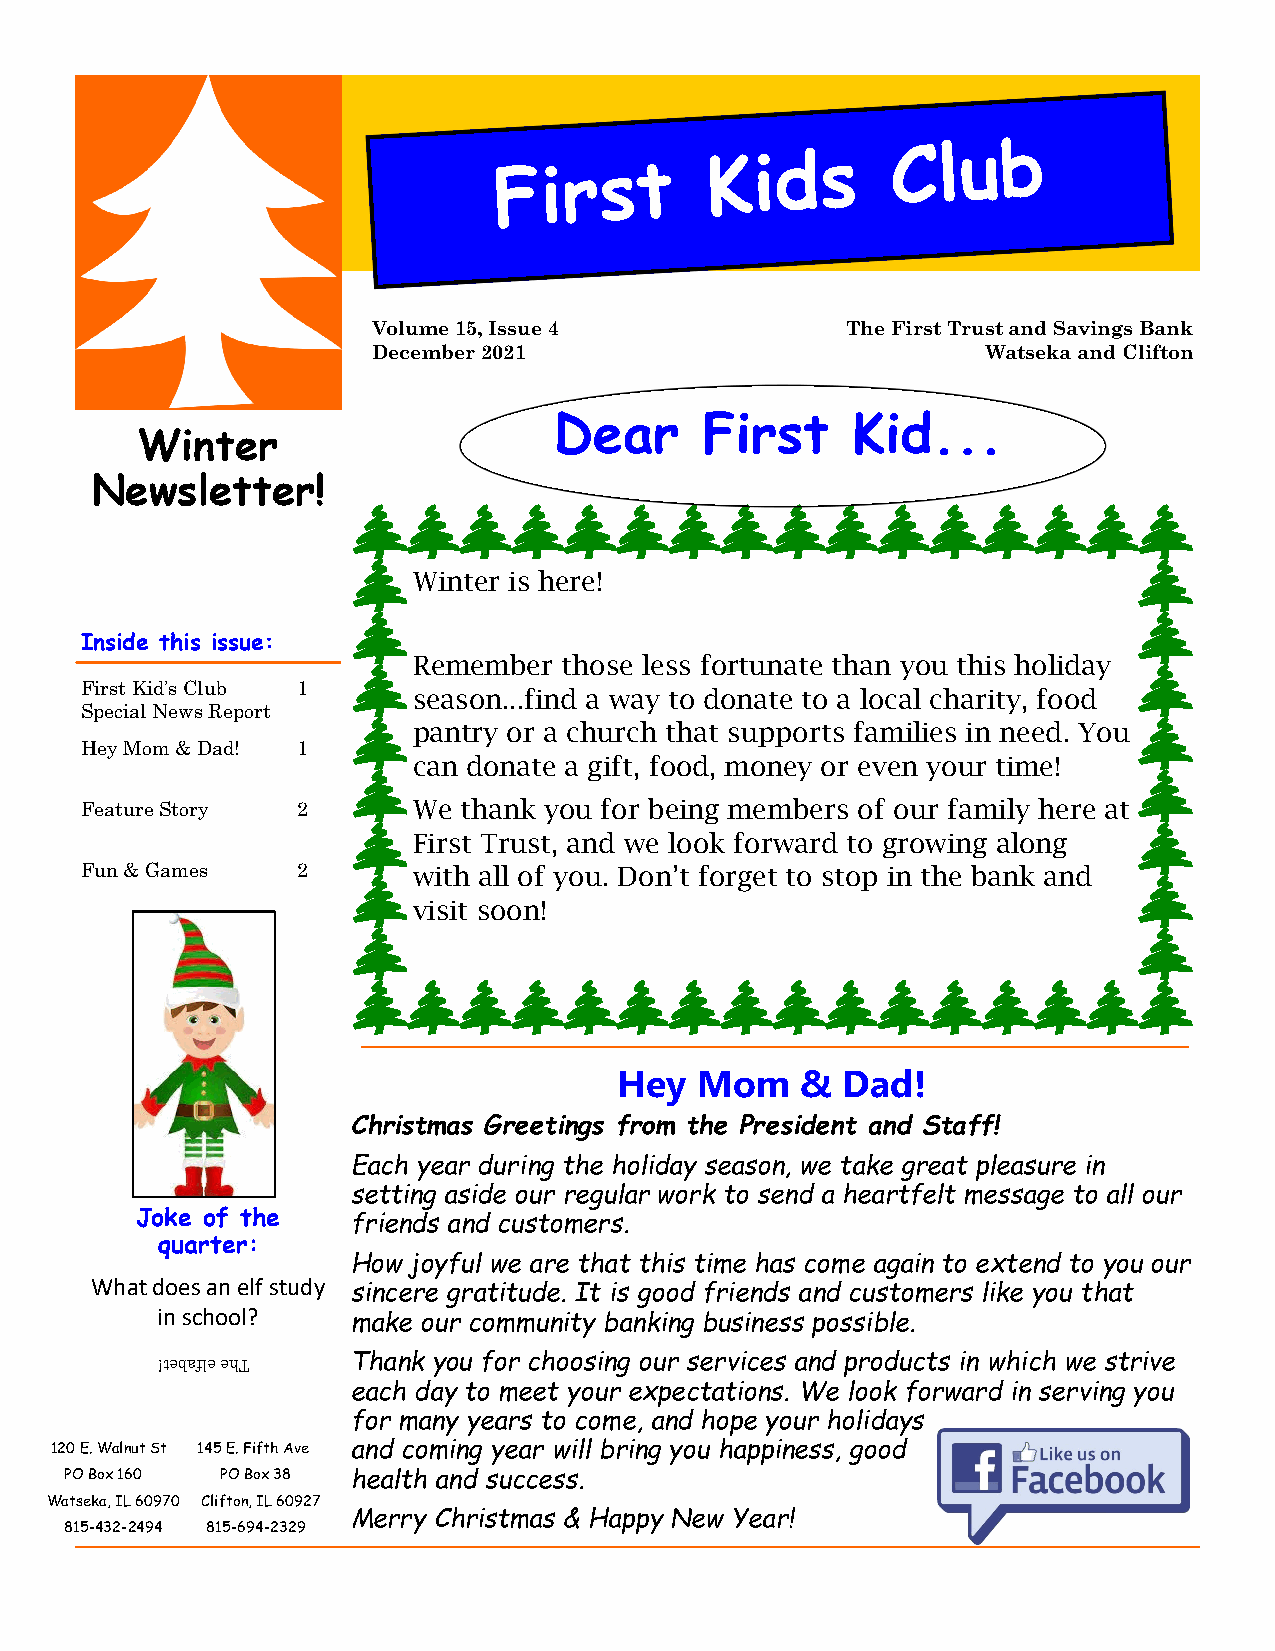
Volume 15, Issue 4             The First Trust and Savings Bank
 December 2021                           Watseka and Clifton
 Dear      First    Kid...
 Winter
 Newsletter!
 Winter is here!
 Inside this issue:
 Remember  those less fortunate than you this holiday
 First Kid’s Club 1
 season...find a way to donate to a local charity, food
 Special News Report
 pantry or a church that supports families in need. You
 Hey Mom & Dad! 1
 can donate a gift, food, money or even your time!
 Feature Story  2      We thank you for being members of our family here at
 First Trust, and we look forward to growing along
 Fun & Games    2      with all of you. Don’t forget to stop in the bank and
 visit soon!
 Hey  Mom    &  Dad!
 Christmas Greetings from the President and Staff!
 Each year during the holiday season, we take great pleasure in
 setting aside our regular work to send a heartfelt message to all our
 Joke of the   friends and customers.
 quarter:
 How joyful we are that this time has come again to extend to you our
 What does an elf study
 sincere gratitude. It is good friends and customers like you that
 in school?   make our community banking business possible.
 !tebafle ehT Thank you for choosing our services and products in which we strive
 each day to meet your expectations. We look forward in serving you
 for many years to come, and hope your holidays
 120 E. Walnut St 145 E. Fifth Ave and coming year will bring you happiness, good
 PO Box 160 PO Box 38 health and success.
 Watseka, IL 60970 Clifton, IL 60927
 Merry Christmas & Happy New Year!
 815-432-2494 815-694-2329